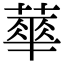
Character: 蕐